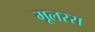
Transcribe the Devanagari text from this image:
मूलरस